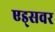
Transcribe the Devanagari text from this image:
एड्‌सवर